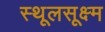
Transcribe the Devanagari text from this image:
स्थूलसूक्ष्म